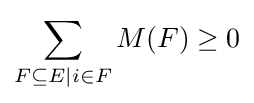
\sum _{F\subseteq E|i\in F}M(F)\geq 0